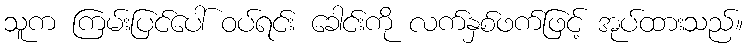
သူက ကြမ်းပြင်ပေါ် ဝပ်ရင်း ခေါင်းကို လက်နှစ်ဖက်ဖြင့် အုပ်ထားသည်။